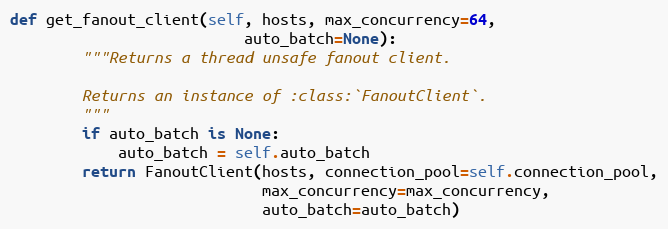
Language: Python
def get_fanout_client(self, hosts, max_concurrency=64,
                          auto_batch=None):
        """Returns a thread unsafe fanout client.

        Returns an instance of :class:`FanoutClient`.
        """
        if auto_batch is None:
            auto_batch = self.auto_batch
        return FanoutClient(hosts, connection_pool=self.connection_pool,
                            max_concurrency=max_concurrency,
                            auto_batch=auto_batch)